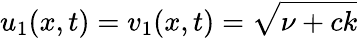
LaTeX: u_{1}(x,t)=v_{1}(x,t)=\sqrt{\nu+ck}